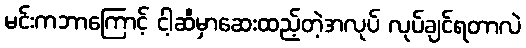
မင်းကဘာကြောင့် ငါ့ဆီမှာဆေးထည့်တဲ့အလုပ် လုပ်ချင်ရတာလဲ